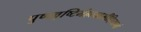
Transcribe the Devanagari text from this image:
पुष्पवृष्टिर्महत्यासीद्दिव्यानां